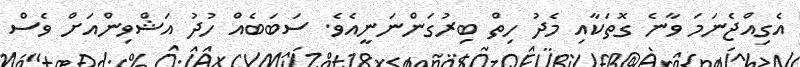
އެގިއްޖެނަމަ ވާނެ ގޮތަކާއި މެދު ހިތް ބިރުގަންނަނީއެވެ. ސަބަބެއް ހުދު އަޝްވިންއަށް ވެސް